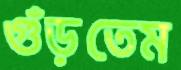
গুঁড়তেম